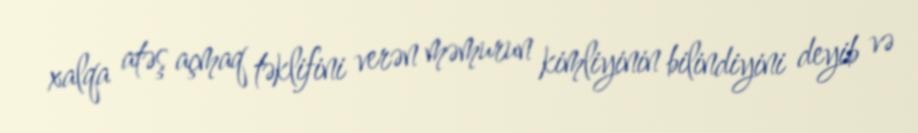
xalqa atəş açmaq təklifini verən məmurun kimliyinin bilindiyini deyib və